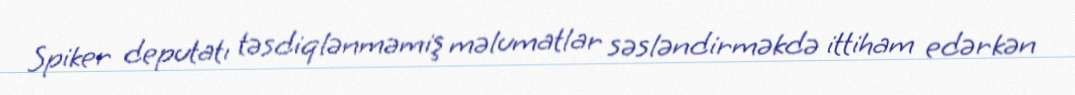
Spiker deputatı təsdiqlənməmiş məlumatlar səsləndirməkdə ittiham edərkən